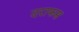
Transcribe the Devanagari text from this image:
दराफस